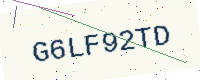
Text: G6LF92TD